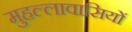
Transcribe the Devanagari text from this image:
मुहल्लावासियों